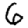
Digit: 6